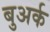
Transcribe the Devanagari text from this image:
बुअर्क